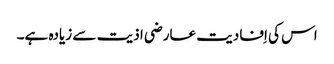
اس کی اِفادیت عارضی اذیت سے زیادہ ہے۔